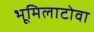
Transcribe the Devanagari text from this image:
भूमिलाटोवा